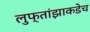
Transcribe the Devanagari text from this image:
लुफ्तांझाकडेच